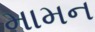
મામન